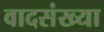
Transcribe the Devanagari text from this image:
वादसंख्या